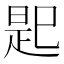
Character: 𢁈